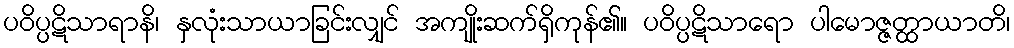
ပဝိပ္ပဋိသာရာနိ၊ နှလုံးသာယာခြင်းလျှင် အကျိုးဆက်ရှိကုန်၏။ ပဝိပ္ပဋိသာရော ပါမောဇ္ဇတ္ထာယာတိ၊